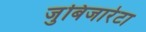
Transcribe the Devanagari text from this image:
जुबिजारेटा